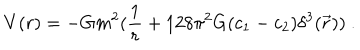
V ( r ) = - G m ^ { 2 } ( { \frac { 1 } { r } } + 1 2 8 \pi ^ { 2 } G ( c _ { 1 } - c _ { 2 } ) \delta ^ { 3 } ( \vec { r } ) ) ~ .